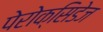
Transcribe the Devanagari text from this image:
पेरोक्सिडेज